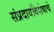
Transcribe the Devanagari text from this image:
संप्रदायविशेषाचे